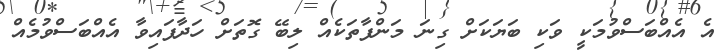
އެ އެއްބަސްވުމަކީ ވަކި ބަޔަކަށް ގިނަ މަންފާތަކެއް ލިބޭ ގޮތަށް ހަދާފައިވާ އެއްބަސްވުމެއް